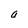
Character: a